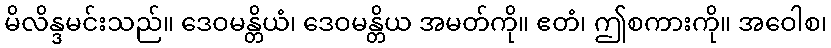
မိလိန္ဒမင်းသည်။ ဒေဝမန္တိယံ၊ ဒေဝမန္တိယ အမတ်ကို။ ဧတံ၊ ဤစကားကို။ အဝေါစ၊